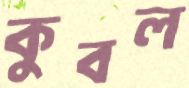
কুবল